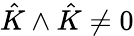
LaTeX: \hat{K}\wedge\hat{K}\neq 0